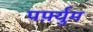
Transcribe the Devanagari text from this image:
पर्फ़्युम